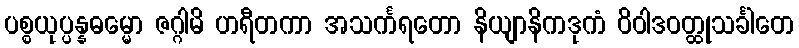
ပစ္စယုပ္ပန္နဓမ္မော ဇဂ္ဂါမိ ဟရီတကာ အသင်္ကရတော နိယျာနိကဒုကံ ဝိဝါဒဝတ္ထုသင်္ခါတေ